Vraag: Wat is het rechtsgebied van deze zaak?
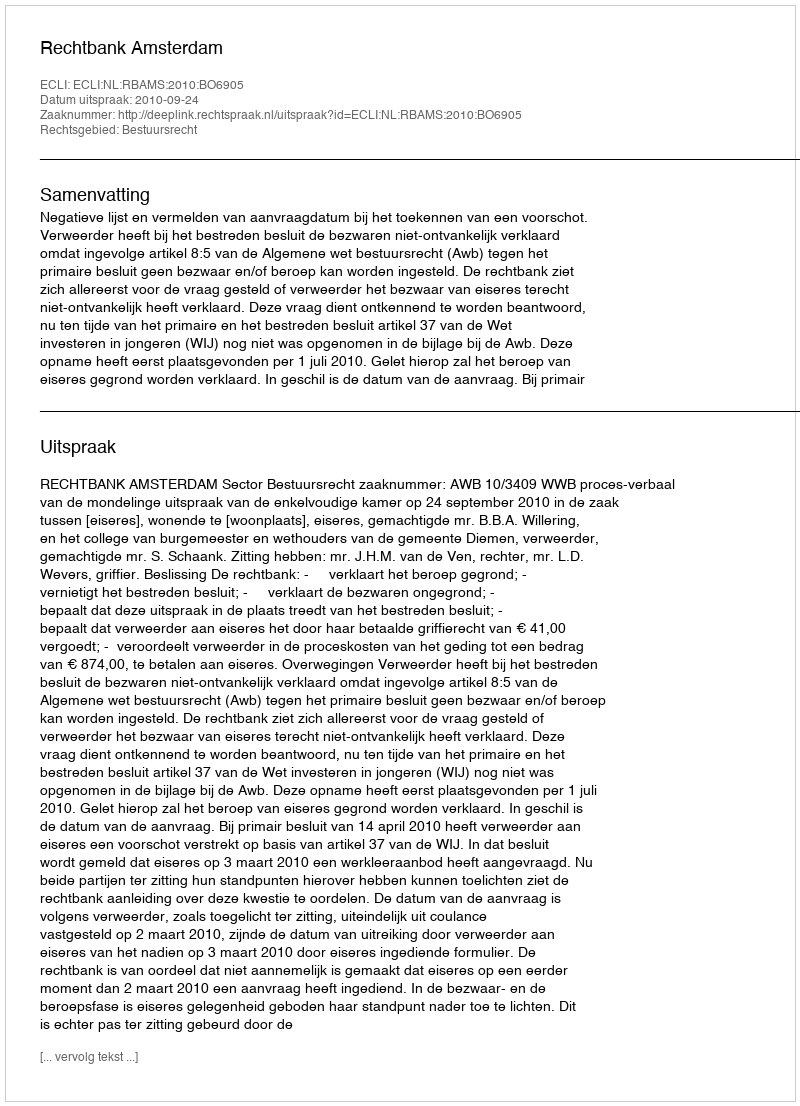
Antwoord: Bestuursrecht